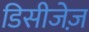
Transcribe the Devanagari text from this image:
डिसीजेज़